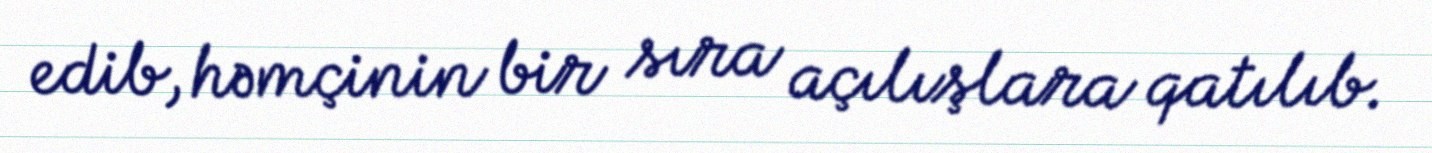
edib, həmçinin bir sıra açılışlara qatılıb.